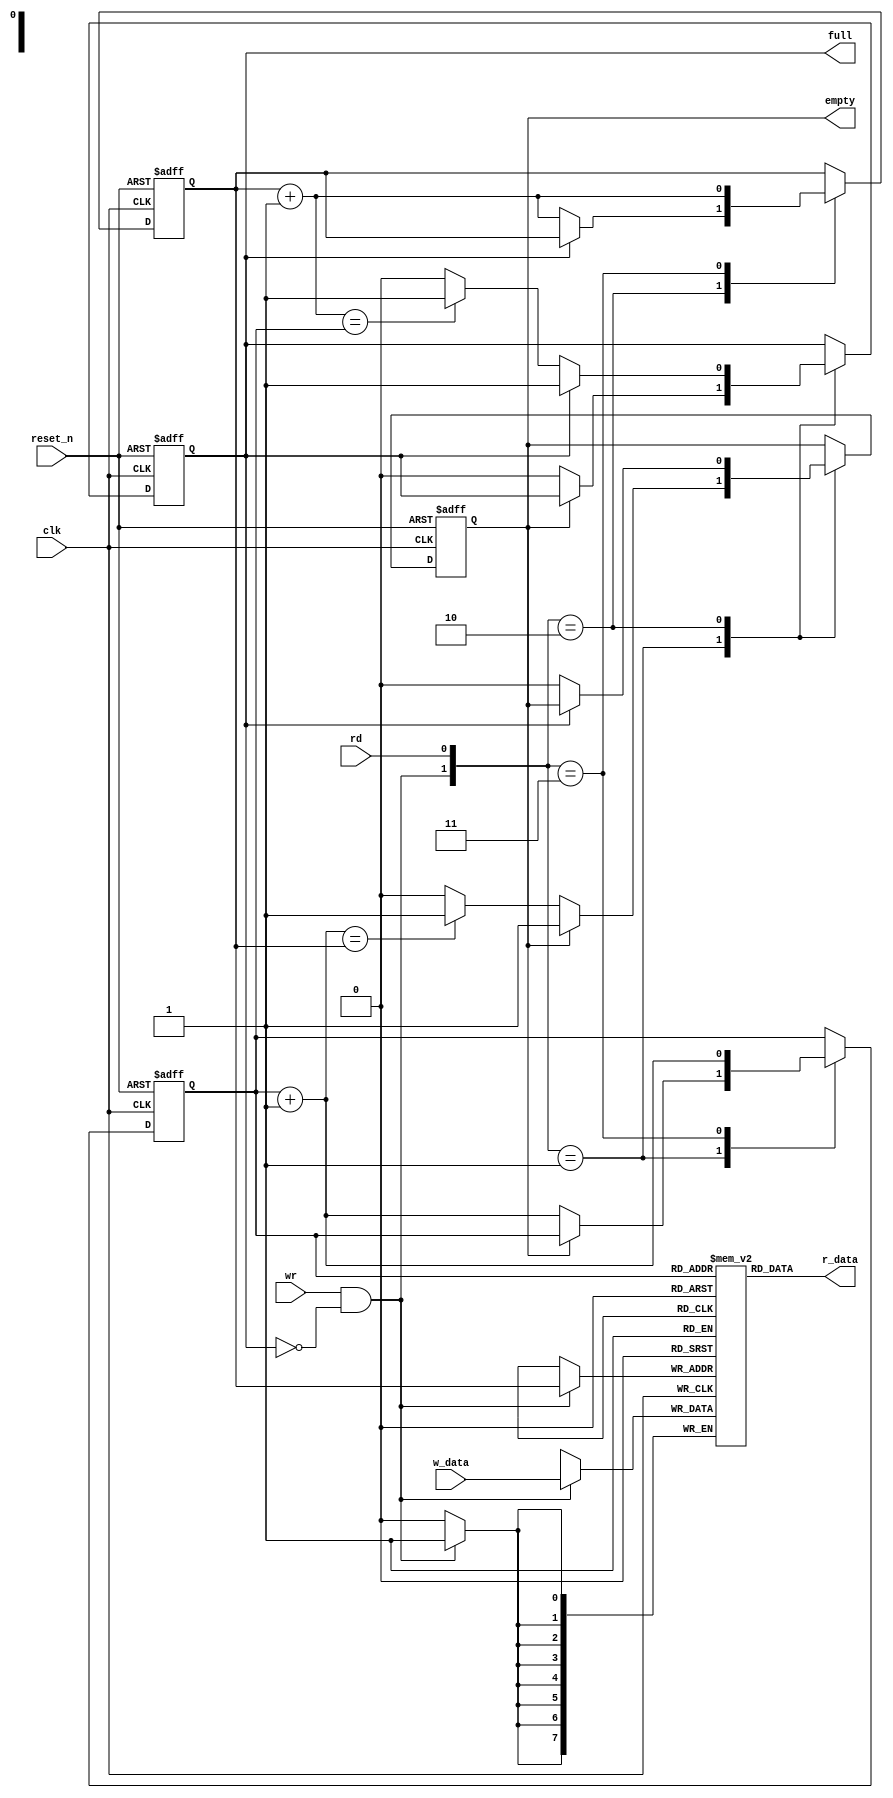
`timescale 1ns / 1ps

module fifo #(parameter DWIDTH = 8, AWIDTH = 1)(
input wire clk,
input wire reset_n,

input wire rd,
input wire wr,
input wire [7:0] w_data,

output wire empty,
output wire full,
output wire [7:0] r_data
);

    reg [DWIDTH - 1:0] array_reg [2**AWIDTH - 1:0];     // 2^AWIDTHDWIDTHFIFO
    reg [AWIDTH - 1:0] w_ptr_reg;       // FIFO
    reg [AWIDTH - 1:0] w_ptr_next;      // FIFO
    reg [AWIDTH - 1:0] w_ptr_succ;      //  
    reg [AWIDTH - 1:0] r_ptr_reg;
    reg [AWIDTH - 1:0] r_ptr_next;
    reg [AWIDTH - 1:0] r_ptr_succ;    
    
    reg full_reg;       // FIFO
    reg empty_reg;      // FIFO
    reg full_next;
    reg empty_next;
    
    wire w_en;
    
    assign w_en = wr & ~full_reg;   // FIFOFIFO
    assign full = full_reg;
    assign empty = empty_reg;
    
    always @(posedge clk) begin
        if(w_en) begin              // FIFO
            array_reg[w_ptr_reg] <= w_data;  // w_ptr_regFIFO
        end
    end
    
    assign r_data = array_reg[r_ptr_reg];
    
    always @(posedge clk or negedge reset_n) begin      // /
        if(!reset_n) begin      // 
            w_ptr_reg <= 0;
            r_ptr_reg <= 0;
            full_reg <= 0;
            empty_reg <= 1;
        end else begin
            w_ptr_reg <= w_ptr_next;
            r_ptr_reg <= r_ptr_next;
            full_reg <= full_next;
            empty_reg <= empty_next;            
        end
    end
    
    always @(*) begin
        w_ptr_succ = w_ptr_reg + 1;     // w_ptr_reg0
        r_ptr_succ = r_ptr_reg + 1;
    
        w_ptr_next = w_ptr_reg;     // 
        r_ptr_next = r_ptr_reg;
        full_next = full_reg;
        empty_next = empty_reg;
        
        case ({w_en, rd})
            2'b01 :  begin      // 
                if(~empty_reg) begin
                    r_ptr_next = r_ptr_succ;
                    full_next = 1'b0;
                    if(r_ptr_succ == w_ptr_reg) begin       // 
                        empty_next = 1'b1;
                    end
                end
            end
            2'b10 :  begin      // 
                if(~full_reg) begin
                    w_ptr_next = w_ptr_succ;
                    empty_next = 1'b0;
                    if(w_ptr_succ == r_ptr_reg) begin       // 
                        full_next = 1'b1;
                    end
                end
            end
            2'b11 :  begin      // 
                w_ptr_next = w_ptr_succ;
                r_ptr_next = r_ptr_succ;
            end                        
        endcase
    end

endmodule